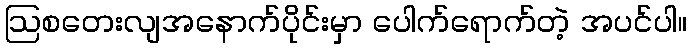
ဩစတေးလျအနောက်ပိုင်းမှာ ပေါက်ရောက်တဲ့ အပင်ပါ။